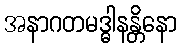
အနာဂတမဒ္ဓါနန္တိနော